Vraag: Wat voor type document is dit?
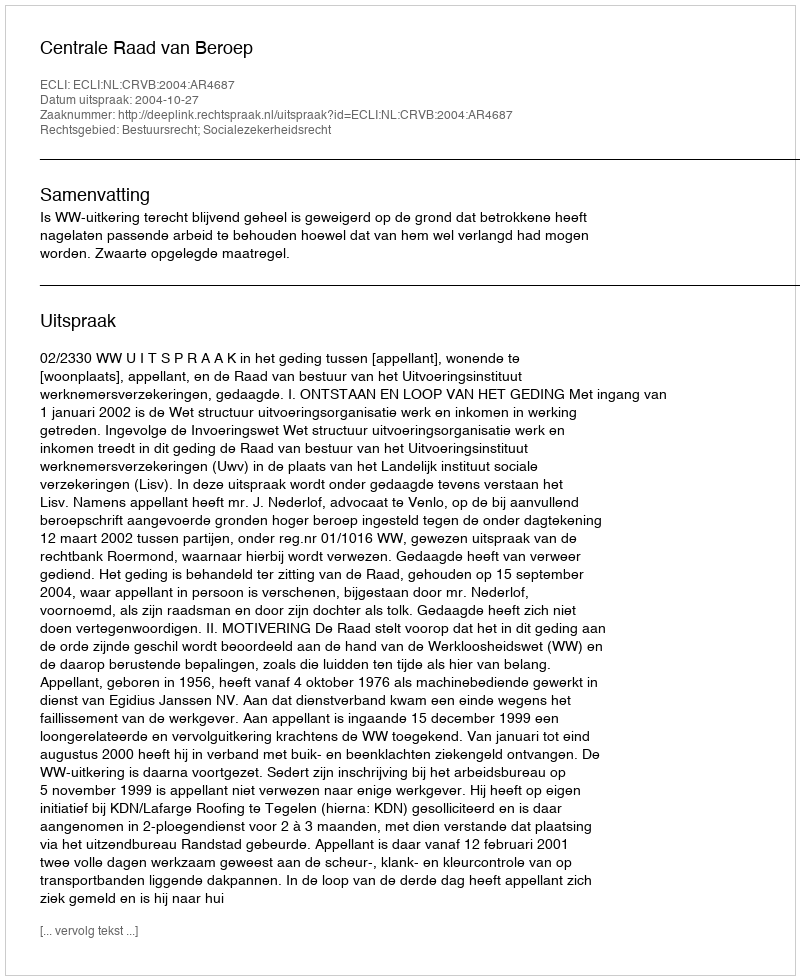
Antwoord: Uitspraak